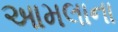
આમલાના